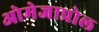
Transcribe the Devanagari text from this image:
ओमेजाप्रोल